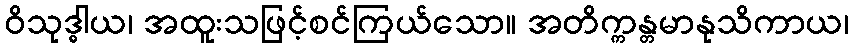
ဝိသုဒ္ဓါယ၊ အထူးသဖြင့်စင်ကြယ်သော။ အတိက္ကန္တမာနုသိကာယ၊